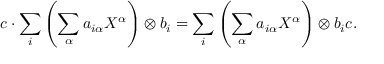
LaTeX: c \cdot \sum _ { i } \left( \sum _ { \alpha } a _ { i \alpha } X ^ { \alpha } \right) \otimes b _ { i } = \sum _ { i } \left( \sum _ { \alpha } a _ { i \alpha } X ^ { \alpha } \right) \otimes b _ { i } c .